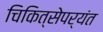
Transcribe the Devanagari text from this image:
चिकित्सेपर्यंत